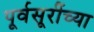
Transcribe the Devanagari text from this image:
पूर्वसूरींच्या